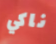
ناكي